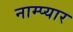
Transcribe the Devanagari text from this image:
नाम्प्यार